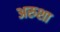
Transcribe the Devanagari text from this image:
अरुशा